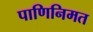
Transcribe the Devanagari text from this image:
पाणिनिमत